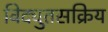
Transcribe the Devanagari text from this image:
विद्युतसक्रिय